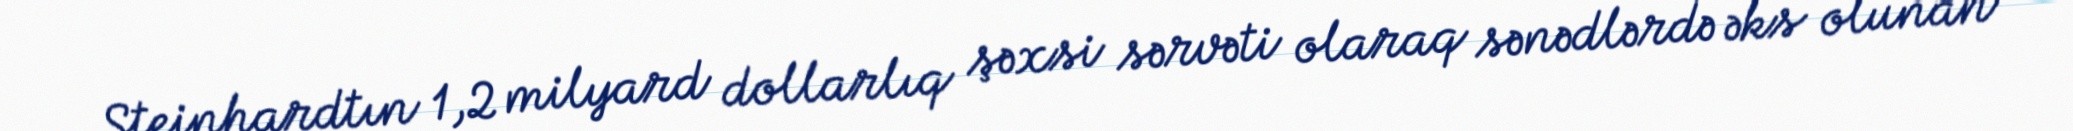
Steinhardtın 1,2 milyard dollarlıq şəxsi sərvəti olaraq sənədlərdə əks olunan